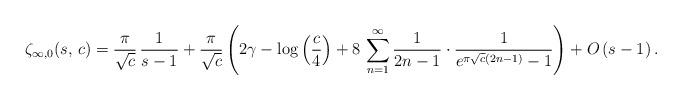
LaTeX: \begin{align*}\zeta_{\infty,0}(s,\,c)=\frac{\pi}{\sqrt{c}}\,\frac{1}{s-1}+\frac{\pi}{\sqrt{c}}\left(2\gamma-\log\left(\frac{c}{4}\right)+8\,\sum_{n=1}^{\infty}\frac{1}{2n-1}\cdot\frac{1}{e^{\pi\sqrt{c}(2n-1)}-1}\right)+O\left(s-1\right).\end{align*}